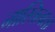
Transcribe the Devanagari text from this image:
नास्तित्वता